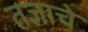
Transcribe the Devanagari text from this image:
तज्ञाचे